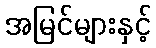
အမြင်များနှင့်